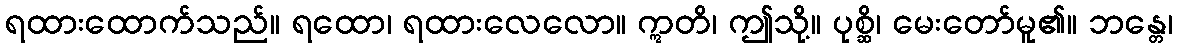
ရထားထောက်သည်။ ရထော၊ ရထားလေလော။ ဣတိ၊ ဤသို့။ ပုစ္ဆိ၊ မေးတော်မူ၏။ ဘန္တေ၊